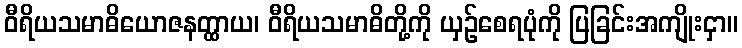
ဝီရိယသမာဓိယောဇနတ္ထာယ၊ ဝီရိယသမာဓိတို့ကို ယှဉ်စေရပုံကို ပြခြင်းအကျိုးငှာ။